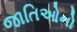
જાતિઓનો